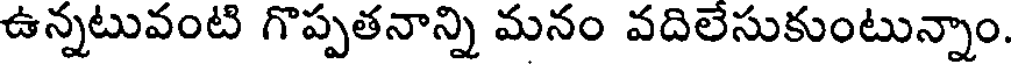
ఉన్నటువంటి గొప్పతనాన్ని మనం వదిలేసుకుంటున్నాం.